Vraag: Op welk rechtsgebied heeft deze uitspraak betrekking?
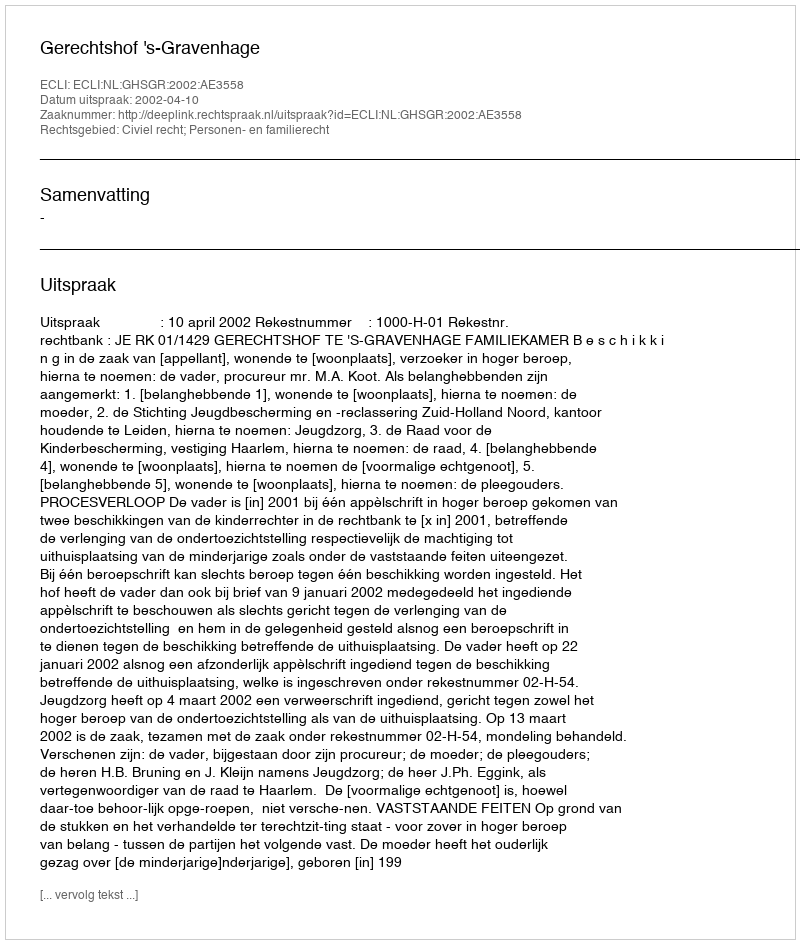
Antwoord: Civiel recht; Personen- en familierecht